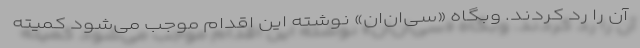
آن را رد کردند. وبگاه «سی‌ان‌ان» نوشته این اقدام موجب می‌شود کمیته